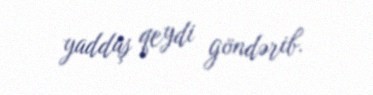
yaddaş qeydi göndərib.